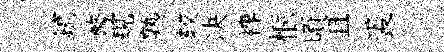
鎬鳌規熟较决裨愜頃且裘